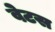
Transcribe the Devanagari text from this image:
वेटस